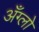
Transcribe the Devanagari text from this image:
अँग्लो